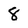
Character: 8